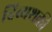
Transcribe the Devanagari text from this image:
दिव्यशक्ती